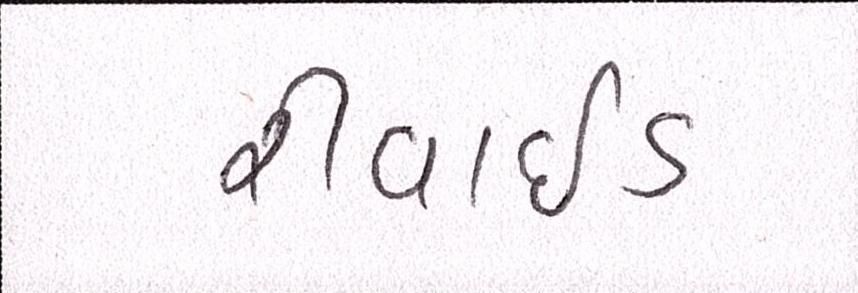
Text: રીવાઇડ